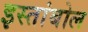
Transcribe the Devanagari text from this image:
इस्तांबोल